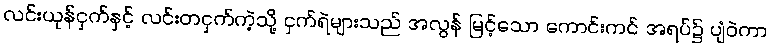
လင်းယုန်ငှက်နှင့် လင်းတငှက်ကဲ့သို့ ငှက်ရဲများသည် အလွန် မြင့်သော ကောင်းကင် အရပ်၌ ပျံဝဲကာ